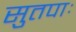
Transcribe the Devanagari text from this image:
सुतपाः